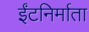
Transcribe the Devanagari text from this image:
ईंटनिर्माता